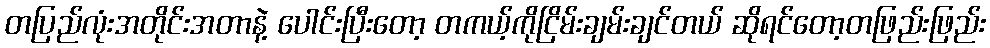
တပြည်လုံးအတိုင်းအတာနဲ့ ပေါင်းပြီးတော့ တကယ့်ကိုငြိမ်းချမ်းချင်တယ် ဆိုရင်တော့တဖြည်းဖြည်း